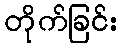
တိုက်ခြင်း